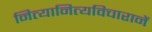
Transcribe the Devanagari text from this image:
नित्यानित्यविचारानें